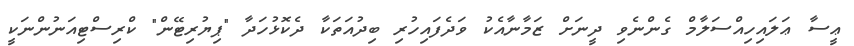
ޢީސާ ޢަލައިހިއްސަލާމް ގެންނެވި ދީނަށް ޒަމާނާއެކު ވަދެފައިހުރި ބިދުއަތަކާ ދެކޮޅުހަދާ "ޕިޔުރިޓޭން" ކްރިސްޓިއަނުންނަކީ